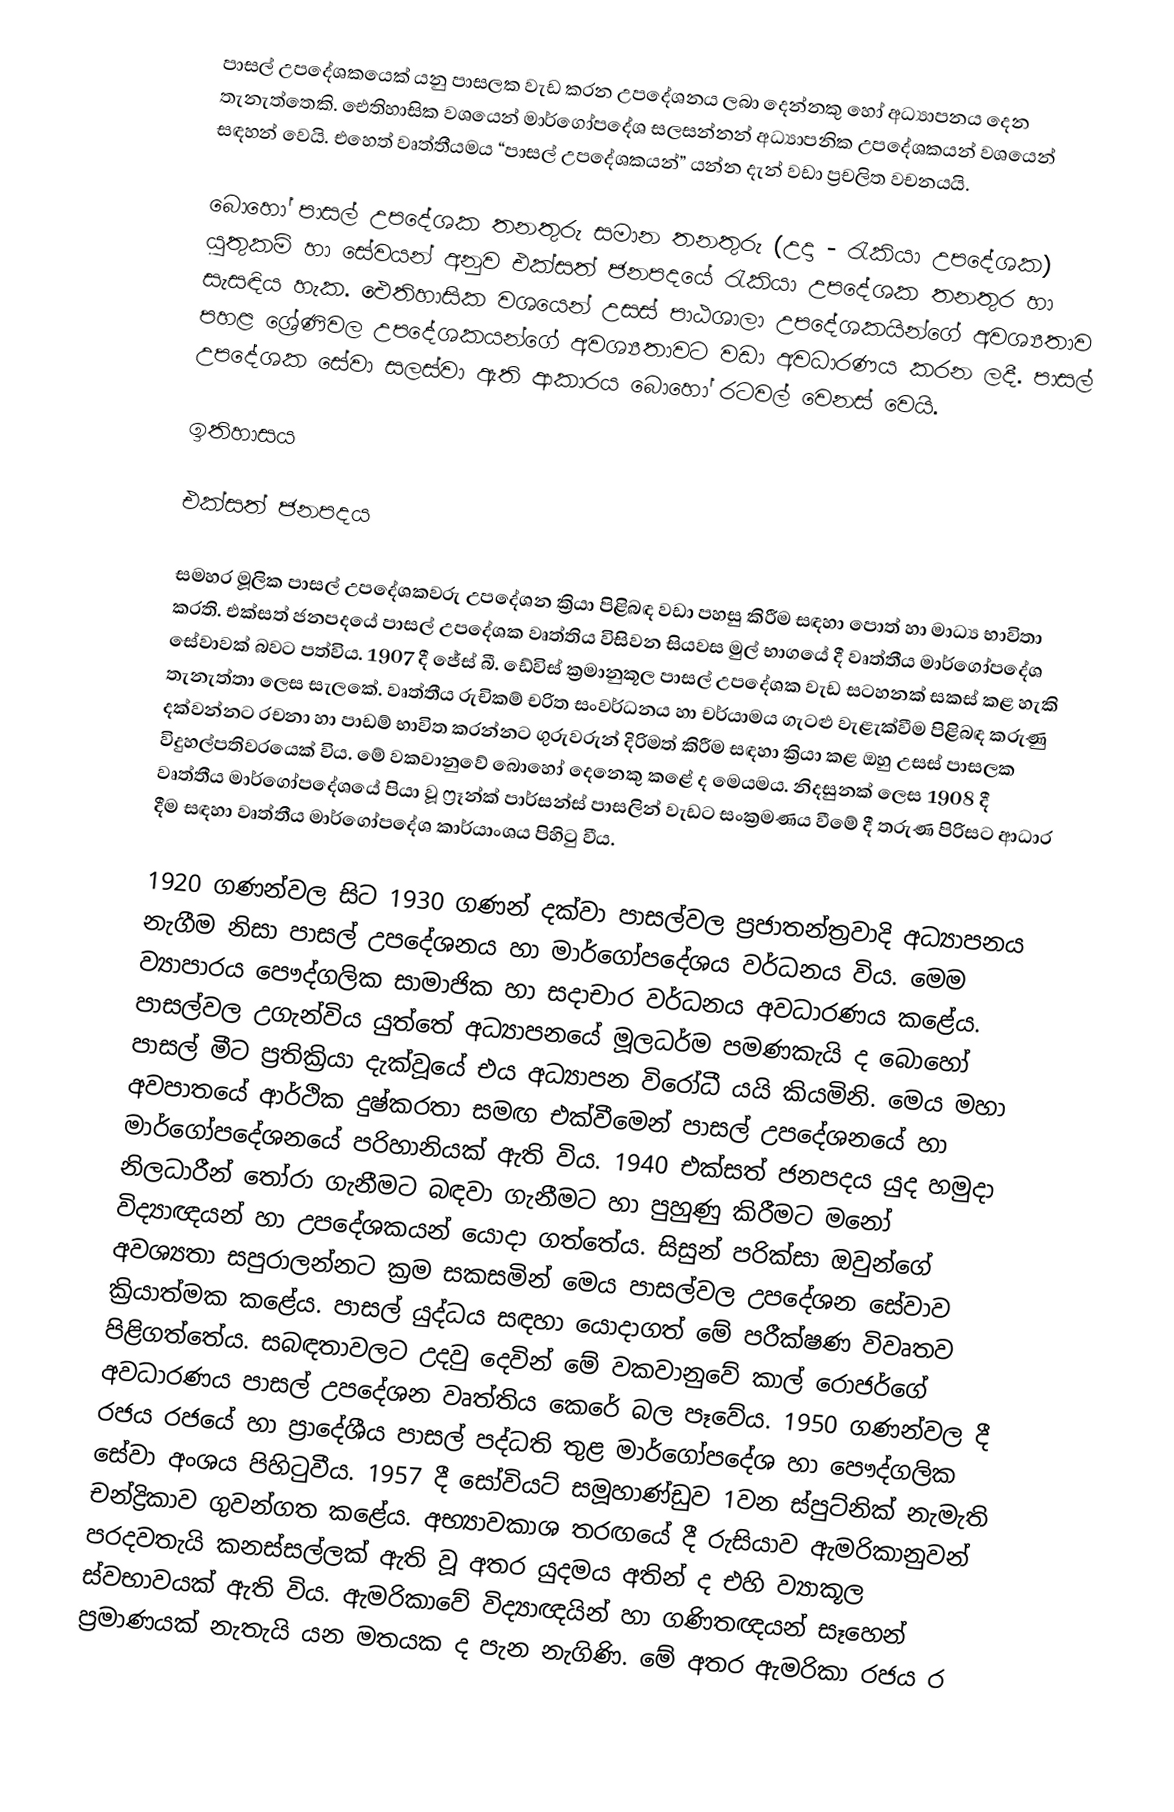
පාසල් උපදේශකයෙක් යනු පාසලක වැඩ කරන උපදේශනය ලබා  දෙන්නකු හෝ අධ්‍යාපනය දෙන තැනැත්තෙකි. ඓතිහාසික වශයෙන් මාර්ගෝපදේශ සලසන්නන් අධ්‍යාපනික උපදේශකයන් ‍වශයෙන් සඳහන් වෙයි. එහෙත් වෘත්තීයමය “පාසල් උපදේශකයන්” යන්න දැන් වඩා ප්‍රචලිත වචනයයි.

බොහෝ පාසල් උපදේශක තනතුරු සමාන තනතුරු (උදා - රැකියා උපදේශක) යුතුකම් හා සේවයන් අනුව එක්සත් ජනපදයේ රැකියා උපදේශක තනතුර හා සැසඳිය හැක. ඓතිහාසික වශයෙන් උසස් පාඨශාලා උපදේශකයින්ගේ අවශ්‍යතාව පහළ ‍ශ්‍රේණිවල උපදේශකයන්ගේ අවශ්‍යතාවට වඩා අවධාරණය කරන ලදී. පාසල් උපදේශක සේවා සලස්වා ඇති ආකාරය බොහෝ රටවල් වෙනස් වෙයි.

ඉතිහාසය

එක්සත් ජනපදය

සමහර මූලික පාසල් උපදේශකවරු උපදේශන ක්‍රියා පිළිබඳ වඩා පහසු කිරීම සඳහා පොත් හා මාධ්‍ය භාවිතා කරති. එක්සත් ජනපදයේ පාසල් උපදේශක වෘත්තිය විසිවන සියවස මුල් භාගයේ දී වෘත්තීය මාර්ගෝපදේශ සේවාවක් බවට පත්විය. 1907 දී ජේස් බී. ඩේවිස් ක්‍රමානුකූල පාසල් උපදේශක වැඩ සටහනක් සකස් කළ හැකි තැනැත්තා ලෙස සැලකේ. වෘත්තීය රුචිකම් චරිත සංවර්ධනය හා චර්යාමය ගැටළු වැළැක්වීම පිළිබඳ කරුණු දක්වන්නට රචනා හා පාඩම් භාවිත කරන්නට ගුරුවරුන් දිරිමත් කිරීම සඳහා ක්‍රියා කළ ඔහු උසස් පාසලක විදුහල්පතිවරයෙක් විය. මේ වකවානුවේ බොහෝ දෙනෙකු ‍කළේ ද මෙයමය. නිදසුනක් ලෙස 1908 දී වෘත්තීය මාර්ගෝපදේශයේ පියා වූ ‍ෆ්‍රෑන්ක් පාර්සන්ස් පාසලින් වැඩට සංක්‍රමණය වීමේ දී තරුණ පිරිසට ආධාර දීම සඳහා වෘත්තීය මාර්ගෝපදේශ කාර්යාංශය පිහිටු වීය.

1920 ගණන්වල සිට 1930 ගණන් දක්වා පාසල්වල ප්‍රජාතන්ත්‍රවාදි අධ්‍යාපනය නැගීම නිසා පාසල් උපදේශනය හා මාර්ගෝපදේශය වර්ධනය විය. මෙම ව්‍යාපාරය පෞද්ගලික සාමාජික හා සදාචාර වර්ධනය අවධාරණය කළේය. පාසල්වල උගැන්විය යුත්තේ අධ්‍යාපනයේ මූලධර්ම පම‍ණකැයි ද බොහෝ පාසල් මීට ප්‍රතික්‍රියා දැක්වූයේ එය අධ්‍යාපන විරෝධී යයි කියමිනි. මෙය මහා අවපාතයේ ආර්ථික දුෂ්කරතා සමඟ එක්වීමෙන් පාසල් උපදේශනයේ හා මාර්ගෝපදේශනයේ පරිහානියක් ඇති විය. 1940 එක්සත් ජනපදය යුද හමුදා නිලධාරීන් තෝ‍රා ගැනීමට බඳවා ගැනීමට හා පුහුණු කිරීමට මනෝ විද්‍යාඥයන් හා උපදේශකයන් යොදා ගත්තේය. සිසුන් පරික්සා ඔවුන්ගේ අවශ්‍යතා සපුරාලන්නට ක්‍රම සකසමින් මෙය පාසල්වල උපදේශන සේවාව ක්‍රියාත්මක කළේය. පාසල් යුද්ධය සඳහා යොදාගත් මේ පරීක්ෂණ විවෘතව පිළිගත්තේය. සබඳතාවලට උදවු දෙවින් මේ වකවානුවේ කාල් රොජර්ගේ අවධාරණය පාසල් උපදේශන වෘත්තිය කෙරේ බල පෑවේය. 1950 ගණන්වල දී රජය ‍රජයේ හා ප්‍රාදේශීය පාසල් පද්ධති තුළ මාර්ගෝපදේශ හා පෞද්ගලික සේවා අංශය පිහිටුවීය. 1957 දී සෝවියට් සමූහාණ්ඩුව 1වන ස්පුට්නික් නැමැති චන්ද්‍රිකාව ගුවන්ගත කළේය. අභ්‍යාවකාශ තරඟයේ දී රුසියාව ඇමරිකානුවන් පරදවතැයි කනස්සල්ලක් ඇති වූ අතර යුදමය අතින් ද එහි ව්‍යාකූල ස්වභාවයක් ඇති විය. ඇමරිකාවේ විද්‍යාඥයින් හා ගණිතඥයන් සෑහෙන් ප්‍රමාණයක් නැතැයි යන මතයක ද පැන නැගිණි. මේ අතර ඇ‍මරිකා රජය ර